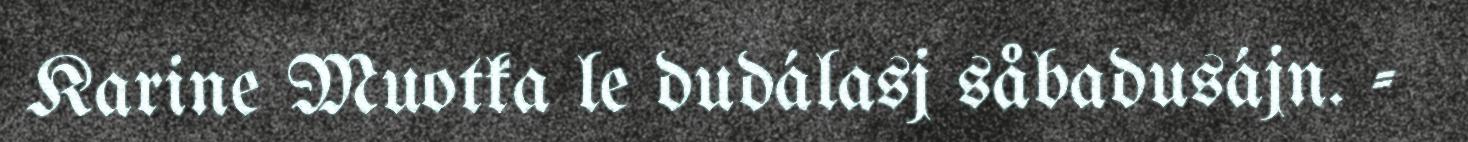
Karine Muotka le dudálasj såbadusájn. -